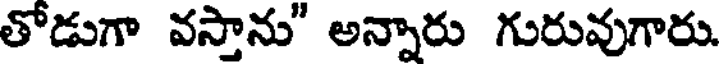
తోడుగా వస్తాను" అన్నారు గురువుగారు.